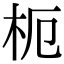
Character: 枙